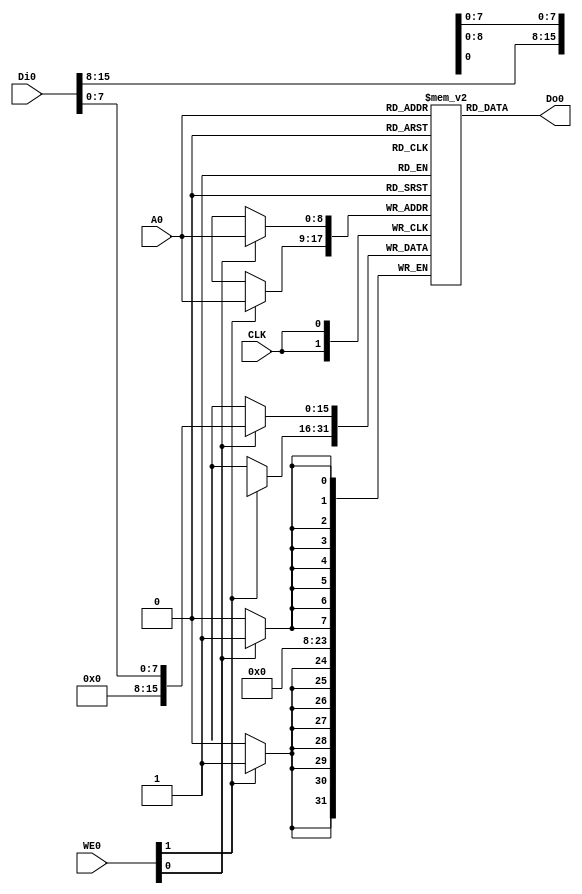
module RAM512x16_ASYNC (
   input CLK,
   input [8:0] A0,
   input [15:0] Di0,
   output [15:0] Do0,
   input [1:0] WE0
);

   reg [15:0] RAM[0:511];
   
   always @(posedge CLK) begin
      if(WE0[0]) RAM[A0][7:0]  <= Di0[7:0];
      if(WE0[1]) RAM[A0][15:8] <= Di0[15:8];
   end
   
   assign Do0 = RAM[A0];

endmodule